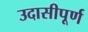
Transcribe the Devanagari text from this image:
उदासीपूर्ण